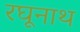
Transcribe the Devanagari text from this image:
रघूनाथ